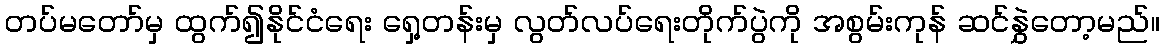
တပ်မတော်မှ ထွက်၍နိုင်ငံရေး ရှေ့တန်းမှ လွတ်လပ်ရေးတိုက်ပွဲကို အစွမ်းကုန် ဆင်နွှဲတော့မည်။